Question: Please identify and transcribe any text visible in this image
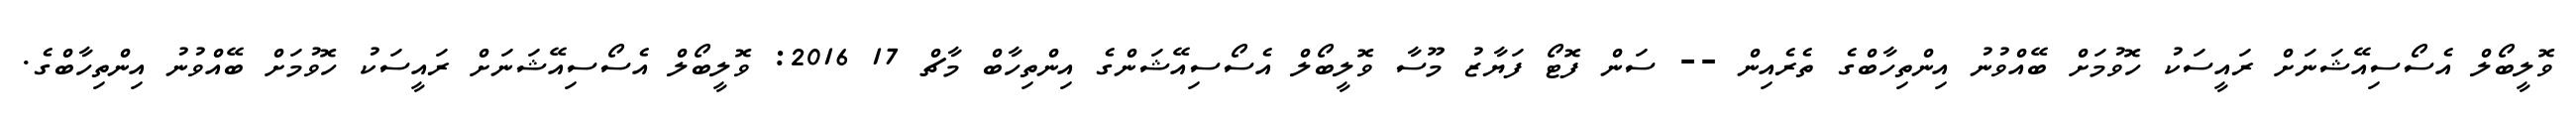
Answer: ވޮލީބޯލް އެސޯސިއޭޝަނަށް ރައީސަކު ހޮވުމަށް ބޭއްވުނު އިންތިހާބްގެ ތެރެއިން -- ސަން ފޮޓޯ ފަޔާޒު މޫސާ ވޮލީބޯލް އެސޯސިއޭޝަންގެ އިންތިހާބް މާޗް 17 2016: ވޮލީބޯލް އެސޯސިއޭޝަނަށް ރައީސަކު ހޮވުމަށް ބޭއްވުނު އިންތިހާބްގެ.